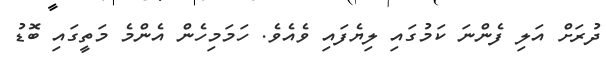
ދުރަށް އަލި ފެންނަ ކަމުގައި ލިޔެފައި ވެއެވެ. ހަމަމިހެން އެންމެ މަތީގައި ބޮޑު